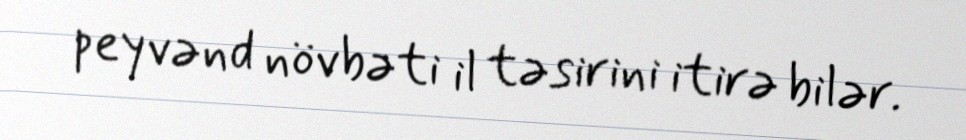
peyvənd növbəti il təsirini itirə bilər.